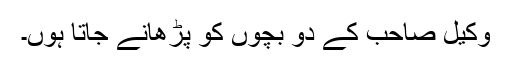
وکیل صاحب کے دو بچوں کو پڑھانے جاتا ہوں۔